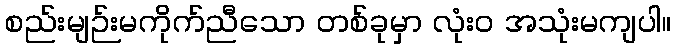
စည်းမျဉ်းမကိုက်ညီသော တစ်ခုမှာ လုံးဝ အသုံးမကျပါ။